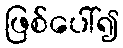
ဖြစ်ပေါ်၍